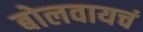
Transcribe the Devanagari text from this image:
बोलवायचं